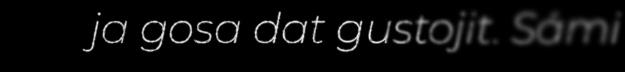
ja gosa dat gustojit. Sámi